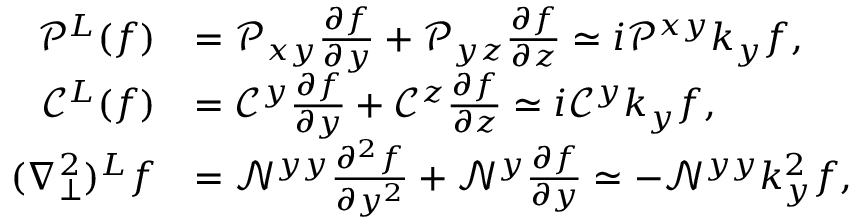
\begin{array} { r l } { \mathcal { P } ^ { L } ( f ) } & { = \mathcal { P } _ { x y } \frac { \partial f } { \partial y } + \mathcal { P } _ { y z } \frac { \partial f } { \partial z } \simeq i \mathcal { P } ^ { x y } k _ { y } f , } \\ { \mathcal { C } ^ { L } ( f ) } & { = \mathcal { C } ^ { y } \frac { \partial f } { \partial y } + \mathcal { C } ^ { z } \frac { \partial f } { \partial z } \simeq i \mathcal { C } ^ { y } k _ { y } f , } \\ { ( \nabla _ { \perp } ^ { 2 } ) ^ { L } f } & { = \mathcal { N } ^ { y y } \frac { \partial ^ { 2 } f } { \partial y ^ { 2 } } + \mathcal { N } ^ { y } \frac { \partial f } { \partial y } \simeq - \mathcal { N } ^ { y y } k _ { y } ^ { 2 } f , } \end{array}